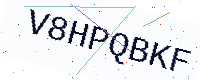
Text: V8HPQBKF